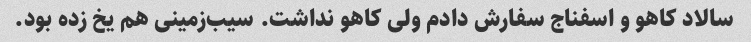
سالاد کاهو و اسفناج سفارش دادم ولی کاهو نداشت. سیب‌زمینی هم یخ زده بود.